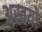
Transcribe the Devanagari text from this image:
अस्वयो